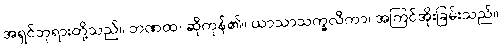
အရှင်ဘုရားတို့သည်။ ဘဏထ၊ ဆိုကုန်၏။ ယာသာသက္ခလိကာ၊ အကြင်အိုးခြမ်းသည်။